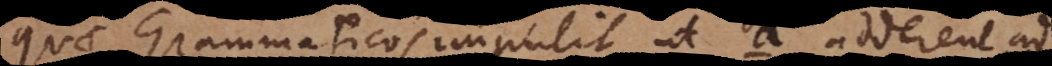
quae Grammaticos impulit, ut a adderent ad